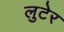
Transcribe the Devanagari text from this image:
लुटेर